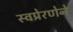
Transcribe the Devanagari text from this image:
स्वप्रेरणेने